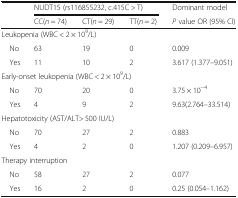
<table><thead><tr><td rowspan="2"></td><td colspan="3"><b>NUDT15 (rs116855232, c.415C &gt; T)</b></td><td><b>Dominant model</b></td></tr><tr><td><b>CC(<i>n</i> = 74)</b></td><td><b>CT(<i>n</i> = 29)</b></td><td><b>TT(<i>n</i> = 2)</b></td><td><b><i>P</i> value OR (95% CI)</b></td></tr></thead><tbody><tr><td colspan="5">Leukopenia (WBC &lt; 2 × 10<sup>9</sup>/L)</td></tr><tr><td> No</td><td>63</td><td>19</td><td>0</td><td>0.009</td></tr><tr><td> Yes</td><td>11</td><td>10</td><td>2</td><td>3.617 (1.377–9.051)</td></tr><tr><td colspan="5">Early-onset leukopenia (WBC &lt; 2 × 10<sup>9</sup>/L)</td></tr><tr><td> No</td><td>70</td><td>20</td><td>0</td><td>3.75 × 10<sup>−4</sup></td></tr><tr><td> Yes</td><td>4</td><td>9</td><td>2</td><td>9.63(2.764–33.514)</td></tr><tr><td colspan="5">Hepatotoxicity (AST/ALT&gt; 500 IU/L)</td></tr><tr><td> No</td><td>70</td><td>27</td><td>2</td><td>0.883</td></tr><tr><td> Yes</td><td>4</td><td>2</td><td>0</td><td>1.207 (0.209–6.957)</td></tr><tr><td colspan="5">Therapy interruption</td></tr><tr><td> No</td><td>58</td><td>27</td><td>2</td><td>0.077</td></tr><tr><td> Yes</td><td>16</td><td>2</td><td>0</td><td>0.25 (0.054–1.162)</td></tr></tbody></table>